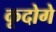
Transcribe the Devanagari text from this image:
कूदोगे